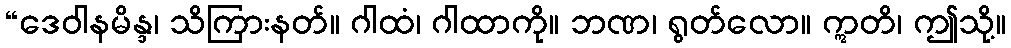
“ဒေဝါနမိန္ဒ၊ သိကြားနတ်။ ဂါထံ၊ ဂါထာကို။ ဘဏ၊ ရွတ်လော။ ဣတိ၊ ဤသို့။